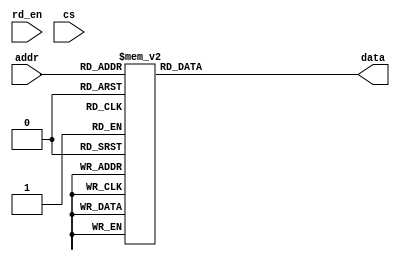
`timescale 1ns / 1ps

module rom(addr, data, rd_en, cs);
    input [2:0] addr;
    input rd_en,cs;
    output reg [7:0] data;
    
    always @(addr or rd_en or cs)
        case(addr)
            0 : data = 22;
            1 : data = 45;
            2 : data = 60;
            3 : data = 89;
            4 : data = 13;
            5 : data = 109;
            6 : data = 112;
            7 : data = 22;
         endcase
endmodule